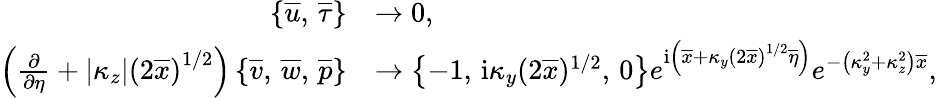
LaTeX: \begin{array}{rl}{\left\lbrace\overline{{u}},\, \overline{{\tau}}\right\rbrace}&{\rightarrow 0,}\\ {\left(\frac{\partial}{\partial\eta}+\left\vert{\kappa_{z}}\right\vert\left(2\overline{{x}}\right)^{1/2}\right)\left\lbrace\overline{{v}},\, \overline{{w}},\, \overline{{p}}\right\rbrace}&{\rightarrow\left\lbrace-1,\, \mathrm{i}\kappa_{y}(2\overline{{x}})^{1/2},\, 0\right\rbrace e^{\mathrm{i}\left(\overline{{x}}+\kappa_{y}\left(2\overline{{x}}\right)^{1/2}\overline{{\eta}}\right)}e^{-\left(\kappa_{y}^{2}+\kappa_{z}^{2}\right)\overline{{x}}},}\end{array}